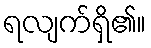
ရလျက်ရှိ၏။